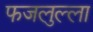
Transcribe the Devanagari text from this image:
फजलुल्ला